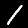
Label: 1